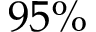
9 5 \%